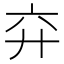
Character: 𢌸